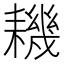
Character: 耭